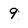
Character: 9